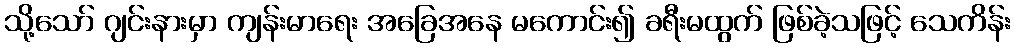
သို့သော် ဂျင်းနားမှာ ကျန်းမာရေး အခြေအနေ မကောင်း၍ ခရီးမထွက် ဖြစ်ခဲ့သဖြင့် သေကိန်း